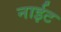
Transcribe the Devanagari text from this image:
नाईट